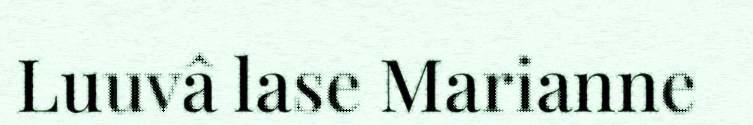
Luuvâ lase Marianne